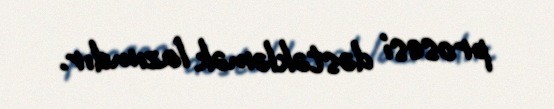
prosesi dəstəkləmək lazımdır.